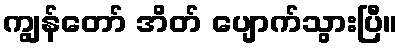
ကျွန်တော် အိတ် ပျောက်သွားပြီ။